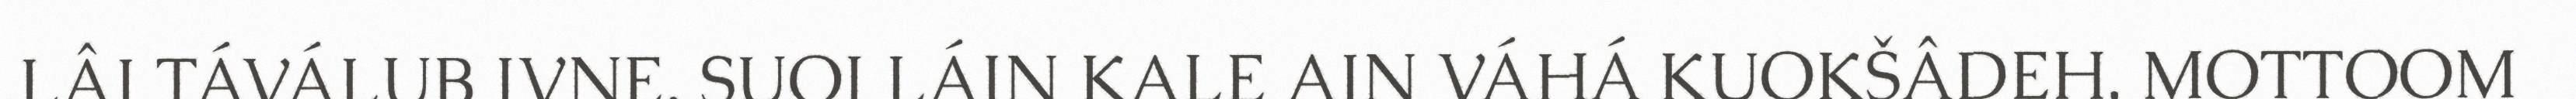
LÂI TÁVÁLUB IVNE. SUOI LÁIN KALE AIN VÁHÁ KUOKŠÂDEH. MOTTOOM